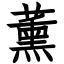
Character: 薰